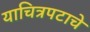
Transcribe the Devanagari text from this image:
याचित्रपटाचे